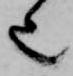
也